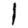
Digit: 1